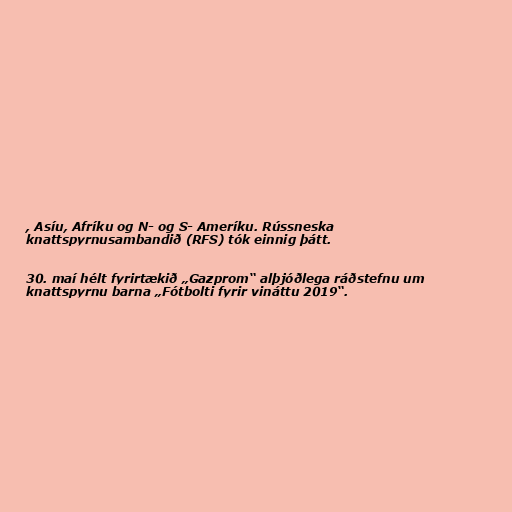
, Asíu, Afríku og N- og S- Ameríku. Rússneska
knattspyrnusambandið (RFS) tók einnig þátt.

30. maí hélt fyrirtækið „Gazprom“ alþjóðlega ráðstefnu um
knattspyrnu barna „Fótbolti fyrir vináttu 2019“.